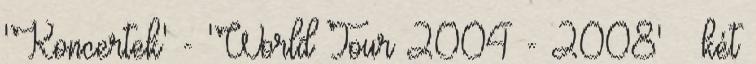
'Koncertek' - 'World Tour 2004 - 2008' » két